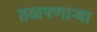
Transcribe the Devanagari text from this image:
तळपणार्‍या